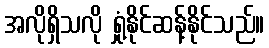
အလိုရှိသလို ရှုံ့နိုင်ဆန့်နိုင်သည်။